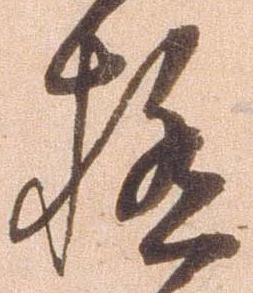
極